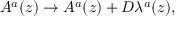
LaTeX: A ^ { a } ( z ) \rightarrow A ^ { a } ( z ) + D \lambda ^ { a } ( z ) ,